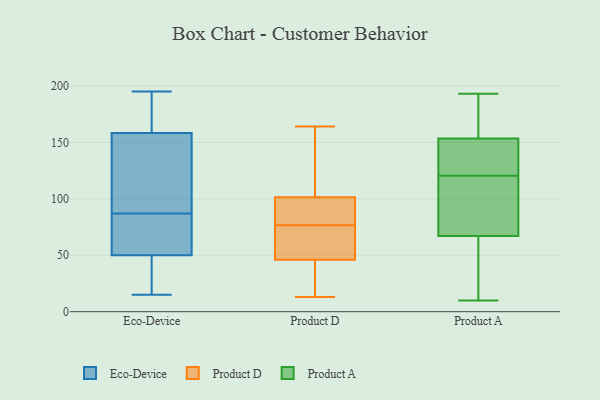
{"axis": {"x": "Budget (USD K)", "y": "Value"}, "legend": ["Eco-Device", "Product A", "Product D"], "data": [{"x": "", "y": 45, "type": "Eco-Device"}, {"x": "", "y": 163, "type": "Eco-Device"}, {"x": "", "y": 161, "type": "Eco-Device"}, {"x": "", "y": 81, "type": "Eco-Device"}, {"x": "", "y": 98, "type": "Eco-Device"}, {"x": "", "y": 170, "type": "Eco-Device"}, {"x": "", "y": 28, "type": "Eco-Device"}, {"x": "", "y": 38, "type": "Eco-Device"}, {"x": "", "y": 74, "type": "Eco-Device"}, {"x": "", "y": 47, "type": "Eco-Device"}, {"x": "", "y": 113, "type": "Eco-Device"}, {"x": "", "y": 195, "type": "Eco-Device"}, {"x": "", "y": 15, "type": "Eco-Device"}, {"x": "", "y": 93, "type": "Eco-Device"}, {"x": "", "y": 74, "type": "Eco-Device"}, {"x": "", "y": 192, "type": "Eco-Device"}, {"x": "", "y": 150, "type": "Eco-Device"}, {"x": "", "y": 59, "type": "Eco-Device"}, {"x": "", "y": 87, "type": "Eco-Device"}, {"x": "", "y": 36, "type": "Product D"}, {"x": "", "y": 14, "type": "Product D"}, {"x": "", "y": 164, "type": "Product D"}, {"x": "", "y": 64, "type": "Product D"}, {"x": "", "y": 13, "type": "Product D"}, {"x": "", "y": 113, "type": "Product D"}, {"x": "", "y": 43, "type": "Product D"}, {"x": "", "y": 49, "type": "Product D"}, {"x": "", "y": 85, "type": "Product D"}, {"x": "", "y": 144, "type": "Product D"}, {"x": "", "y": 70, "type": "Product D"}, {"x": "", "y": 90, "type": "Product D"}, {"x": "", "y": 134, "type": "Product D"}, {"x": "", "y": 88, "type": "Product D"}, {"x": "", "y": 83, "type": "Product D"}, {"x": "", "y": 69, "type": "Product D"}, {"x": "", "y": 192, "type": "Product A"}, {"x": "", "y": 106, "type": "Product A"}, {"x": "", "y": 193, "type": "Product A"}, {"x": "", "y": 112, "type": "Product A"}, {"x": "", "y": 34, "type": "Product A"}, {"x": "", "y": 129, "type": "Product A"}, {"x": "", "y": 132, "type": "Product A"}, {"x": "", "y": 10, "type": "Product A"}, {"x": "", "y": 156, "type": "Product A"}, {"x": "", "y": 151, "type": "Product A"}, {"x": "", "y": 41, "type": "Product A"}, {"x": "", "y": 93, "type": "Product A"}]}